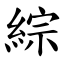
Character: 綜